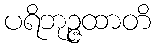
ပရိဘုဉ္ဇထာတိ